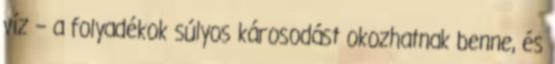
víz – a folyadékok súlyos károsodást okozhatnak benne, és